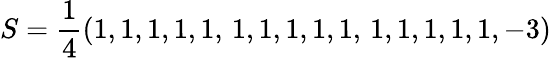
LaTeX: S=\frac 14(1,1,1,1,1,\, 1,1,1,1,1,\, 1,1,1,1,1,-3)